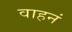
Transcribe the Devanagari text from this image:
वाहनं